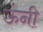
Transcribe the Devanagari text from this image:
ऊंनी